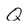
Character: Q